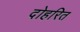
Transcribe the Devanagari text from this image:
दोहरित